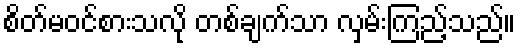
စိတ်မဝင်စားသလို တစ်ချက်သာ လှမ်းကြည့်သည်။